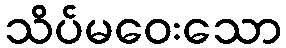
သိပ်မဝေးသော